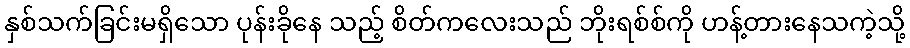
နှစ်သက်ခြင်းမရှိသော ပုန်းခိုနေ သည့် စိတ်ကလေးသည် ဘိုးရစ်စ်ကို ဟန့်တားနေသကဲ့သို့